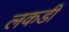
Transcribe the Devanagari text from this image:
लकडीं